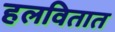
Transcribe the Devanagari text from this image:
हलवितात